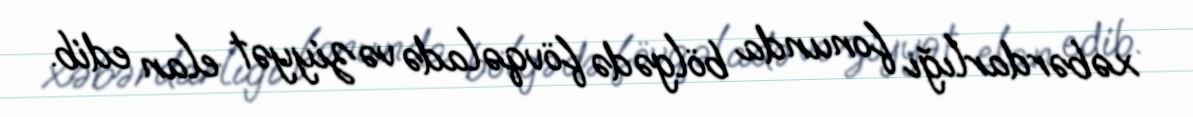
xəbərdarlığı fonunda bölgədə fövqəladə vəziyyət elan edib.